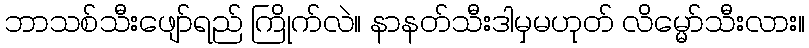
ဘာသစ်သီးဖျော်ရည် ကြိုက်လဲ။ နာနတ်သီးဒါမှမဟုတ် လိမ္မော်သီးလား။